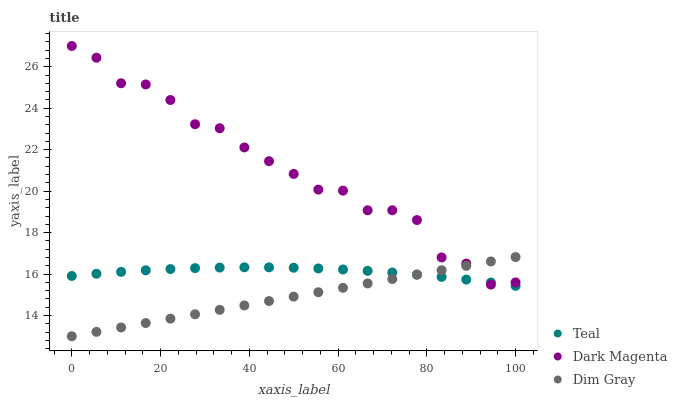
| xaxis_label | Teal | Dark Magenta | Dim Gray |
 | --- | --- | --- | --- |
 | 0 | 15.9 | 27 | 13 |
 | 5.56 | 16 | 26.4 | 13.2 |
 | 11.1 | 16.1 | 25.2 | 13.4 |
 | 16.7 | 16.2 | 25.1 | 13.6 |
 | 22.2 | 16.2 | 24.4 | 13.8 |
 | 27.8 | 16.3 | 23.2 | 14.1 |
 | 33.3 | 16.3 | 23 | 14.3 |
 | 38.9 | 16.3 | 22.1 | 14.5 |
 | 44.4 | 16.3 | 21.4 | 14.7 |
 | 50 | 16.3 | 20.8 | 14.9 |
 | 55.6 | 16.3 | 20.1 | 15.1 |
 | 61.1 | 16.2 | 20 | 15.3 |
 | 66.7 | 16.2 | 19.1 | 15.5 |
 | 72.2 | 16.1 | 19.1 | 15.8 |
 | 77.8 | 16 | 18.6 | 16 |
 | 83.3 | 15.9 | 16.8 | 16.2 |
 | 88.9 | 15.7 | 16.5 | 16.4 |
 | 94.4 | 15.6 | 15.5 | 16.6 |
 | 100 | 15.4 | 15.6 | 16.8 |